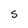
Character: S